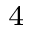
_ 4